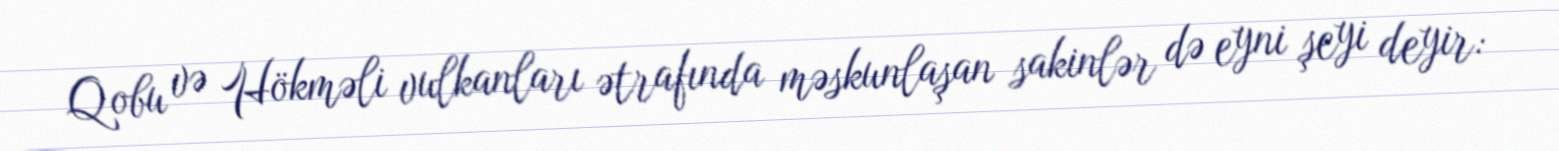
Qobu və Hökməli vulkanları ətrafında məskunlaşan sakinlər də eyni şeyi deyir: